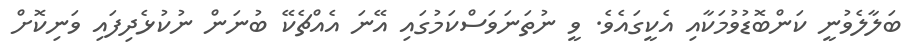
ބަލާލެވުނީ ކަންބޮޑުވުމަކާއި އެކީގައެވެ. ވީ ނުތަނަވަސްކަމުގައި އޭނަ އެއްޗެކޭ ބުނަން ނުކުޅެދިފައި ވަނިކޮށް